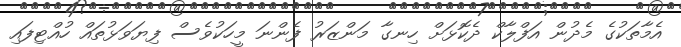
އެމާތަކުގެ މެދުން އަފްލާކް ދެކޮޅަށް ހިނގާ މަންޒަރު ފެންނަ މީހަކުވެސް ފިޔަވަޅުތައް ހުއްޓިފައި